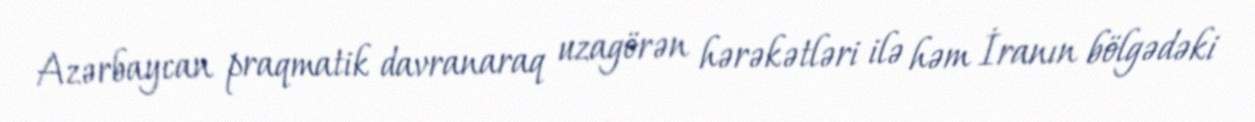
Azərbaycan praqmatik davranaraq uzagörən hərəkətləri ilə həm İranın bölgədəki